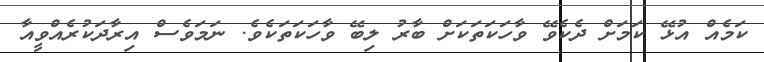
ކަމެއް އުޅޭ ކަމަށް ދެކެވޭ ވާހަކަތަކަށް ބާރު ލިބޭ ވާހަކަތަކެވެ. ނަމަވެސް އިރާދަކުރެއްވީއާ